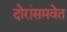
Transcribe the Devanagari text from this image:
दोरांसमवेत